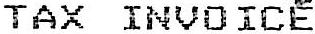
TAX INVOICE